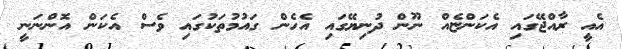
އެއީ ރާއްޖޭގައި އެކަންޏެއް ނޫން ދުނިޔޭގައި އެހެން ގައުމުތަކުގައި ވެސް އެކަން އޮންނަނީ